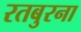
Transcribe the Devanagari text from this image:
रतबुरना